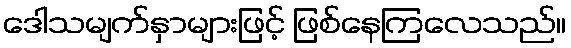
ဒေါသမျက်နှာများဖြင့် ဖြစ်နေကြလေသည်။